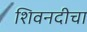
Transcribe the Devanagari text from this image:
शिवनदीचा